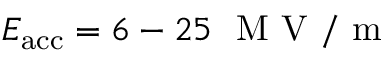
E _ { \mathrm { a c c } } = 6 - 2 5 \ \mathrm { ~ M ~ V ~ } / \mathrm { ~ m ~ }